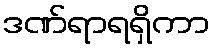
ဒဏ်ရာရရှိကာ